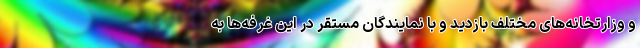
و وزارتخانه‌های مختلف بازدید و با نمایندگان مستقر در این غرفه‌ها به